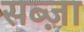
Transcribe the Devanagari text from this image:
सब्ज़ा